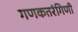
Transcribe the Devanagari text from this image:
गणकतरंगिणी